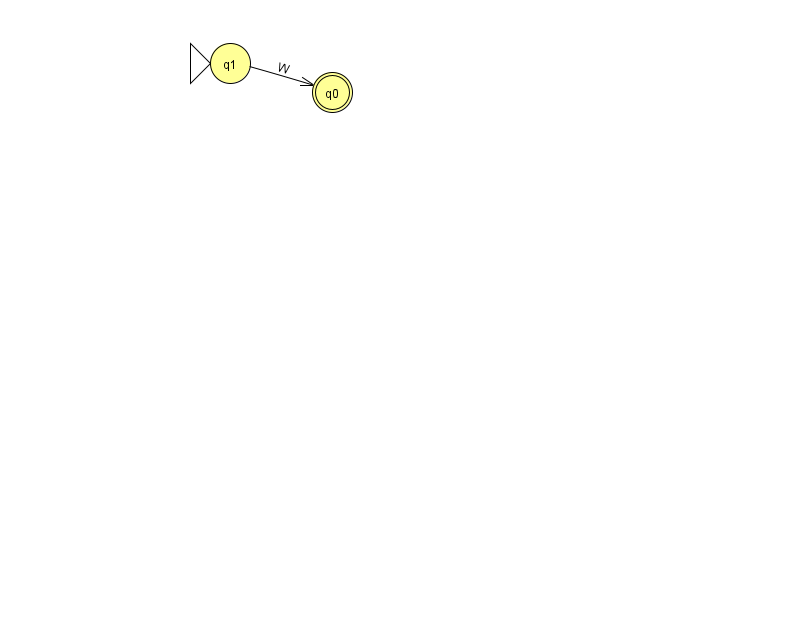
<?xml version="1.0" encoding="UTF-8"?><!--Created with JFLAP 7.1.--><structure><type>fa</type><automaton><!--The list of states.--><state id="0" name="q0"><x>332.0</x><y>79.0</y><final/></state><state id="1" name="q1"><x>230.0</x><y>50.0</y><initial/></state><!--The list of transitions.--><transition><from>1</from><to>0</to><read>W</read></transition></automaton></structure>